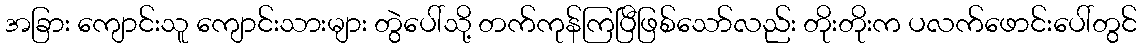
အခြား ကျောင်းသူ ကျောင်းသားများ တွဲပေါ်သို့ တက်ကုန်ကြပြီဖြစ်သော်လည်း တိုးတိုးက ပလက်ဖောင်းပေါ်တွင်